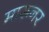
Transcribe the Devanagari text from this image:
मारूनर